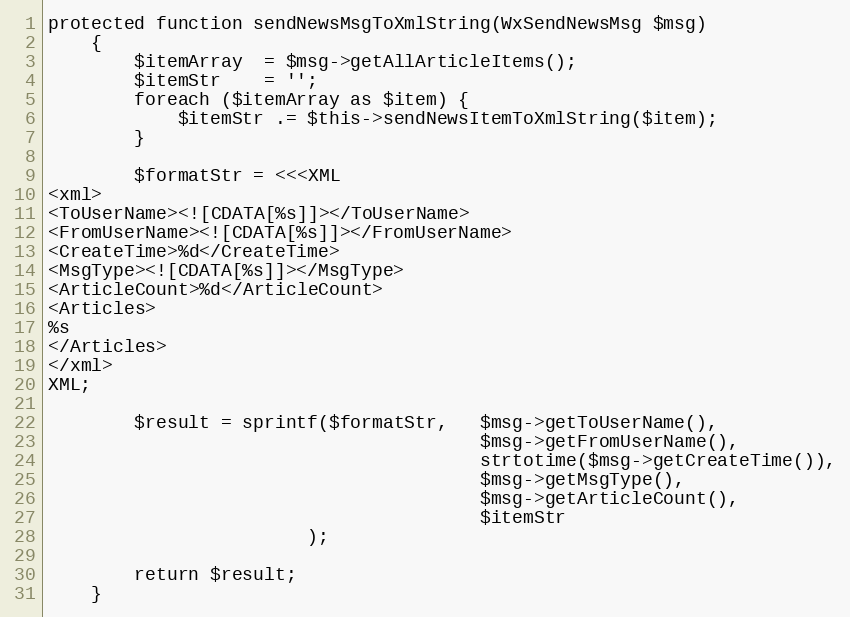
Language: PHP
protected function sendNewsMsgToXmlString(WxSendNewsMsg $msg)
    {
        $itemArray  = $msg->getAllArticleItems();
        $itemStr    = '';
        foreach ($itemArray as $item) {
            $itemStr .= $this->sendNewsItemToXmlString($item);
        }

        $formatStr = <<<XML
<xml>
<ToUserName><![CDATA[%s]]></ToUserName>
<FromUserName><![CDATA[%s]]></FromUserName>
<CreateTime>%d</CreateTime>
<MsgType><![CDATA[%s]]></MsgType>
<ArticleCount>%d</ArticleCount>
<Articles>
%s
</Articles>
</xml>
XML;

        $result = sprintf($formatStr,   $msg->getToUserName(),
                                        $msg->getFromUserName(),
                                        strtotime($msg->getCreateTime()),
                                        $msg->getMsgType(),
                                        $msg->getArticleCount(),
                                        $itemStr
                        );

        return $result;
    }